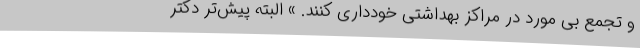
و تجمع بی مورد در مراکز بهداشتی خودداری کنند. » البته پیش‌تر دکتر